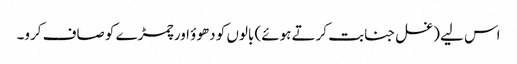
اس لیے (غسل جنابت کرتے ہوئے) بالوں کو دھوؤ اور چمڑے کو صاف کرو۔